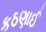
કઠણાઈ